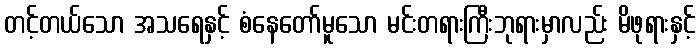
တင့်တယ်သော အသရေနှင့် စံနေတော်မူသော မင်းတရားကြီးဘုရားမှာလည်း မိဖုရားနှင့်